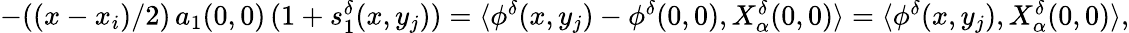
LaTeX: \begin{array}{r}{-((x-x_{i})/2)\, a_{1}(0,0)\, (1+s_{1}^{\delta}(x,y_{j}))=\langle\phi^{\delta}(x,y_{j})-\phi^{\delta}(0,0),X_{\alpha}^{\delta}(0,0)\rangle=\langle\phi^{\delta}(x,y_{j}),X_{\alpha}^{\delta}(0,0)\rangle,}\end{array}